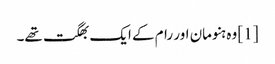
[1] وہ ہنومان اور رام کے ایک بھگت تھے۔